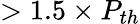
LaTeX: >1.5\times P_{th}